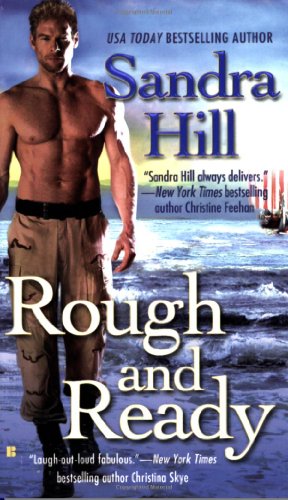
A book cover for Rough and Ready (Viking Time-Travel); Sandra Hill; Romance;